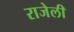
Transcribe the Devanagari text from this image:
राजेली